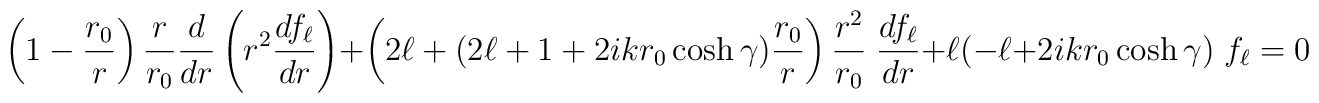
\left( 1-{r_0\over r} \right) {r\over r_0} {d\over dr} \left( r^2 {df_\ell\over dr} \right)+ \left( 2\ell + (2\ell+1+2ikr_0\cosh\gamma) {r_0\over r}\right) {r^2\over r_0} \; {df_\ell\over dr} + \ell (-\ell + 2ikr_0\cosh\gamma) \; f_\ell = 0